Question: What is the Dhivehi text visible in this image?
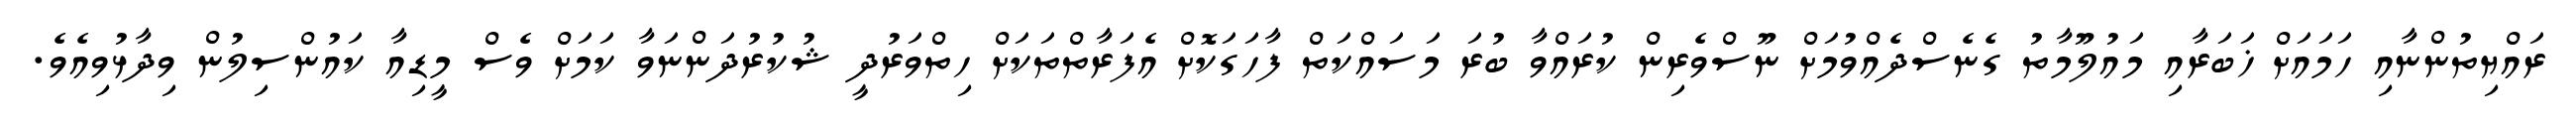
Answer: ރައްޔިތުންނާއި ހަމައަށް ޚަބަރާއި މައުލޫމާތު ގެނެސްދެއްވުމަށް ނޫސްވެރިން ކުރައްވާ ބުރަ މަސައްކަތް ފާހަގަކޮށް އެފަރާތްތަކަށް ހިތްވަރުދީ ޝުކުރުދަންނަވާ ކަމަށް ވެސް މީޑިއާ ކައުންސިލުން ވިދާޅުވިއެވެ.